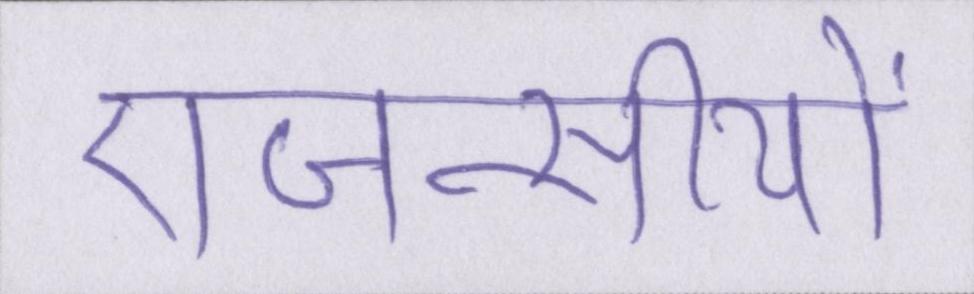
एजन्सीयों